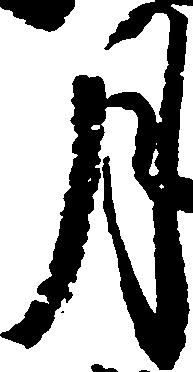
月